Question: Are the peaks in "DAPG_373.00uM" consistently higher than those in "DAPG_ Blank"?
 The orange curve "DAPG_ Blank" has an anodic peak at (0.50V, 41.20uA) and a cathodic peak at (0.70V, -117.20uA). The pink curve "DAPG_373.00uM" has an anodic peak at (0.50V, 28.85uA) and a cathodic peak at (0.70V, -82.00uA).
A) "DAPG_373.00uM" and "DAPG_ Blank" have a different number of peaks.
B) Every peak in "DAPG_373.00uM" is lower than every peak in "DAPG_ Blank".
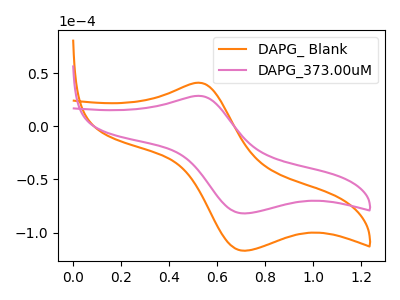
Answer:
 <answer>B) Every peak in "DAPG_373.00uM" is lower than every peak in "DAPG_ Blank".</answer>
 <eval>B</eval>